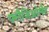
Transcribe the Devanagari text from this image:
फ्लैजिओलैट